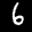
Label: 6